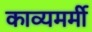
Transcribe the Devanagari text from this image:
काव्यमर्मी